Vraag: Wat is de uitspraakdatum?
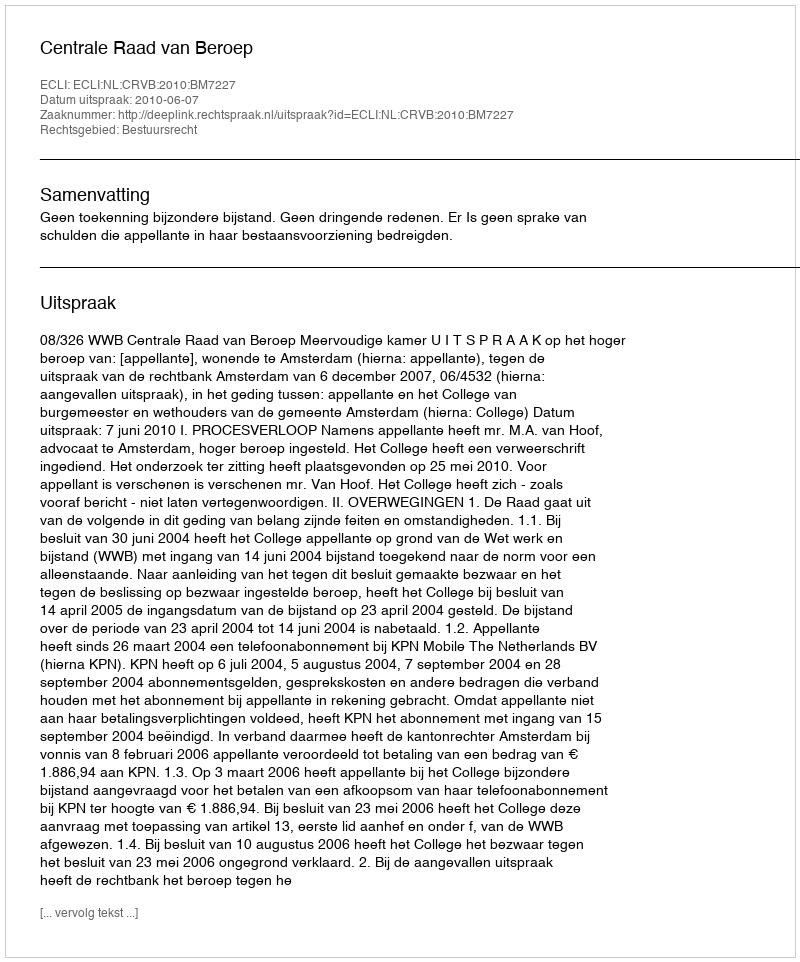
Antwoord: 2010-06-07